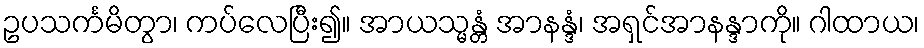
ဥပသင်္ကမိတွာ၊ ကပ်လေပြီး၍။ အာယသ္မန္တံ အာနန္ဒံ၊ အရှင်အာနန္ဒာကို။ ဂါထာယ၊